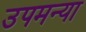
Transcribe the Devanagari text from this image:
उपमन्या